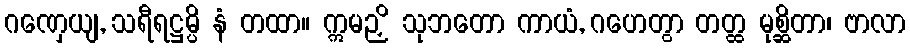
ဂဏှေယျ, သရီရဋ္ဌမ္ပိ နံ တထာ။ ဣမဉှိ သုဘတော ကာယံ, ဂဟေတွာ တတ္ထ မုစ္ဆိတာ၊ ဗာလာ